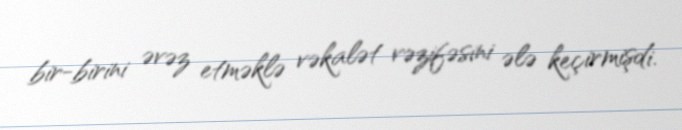
bir-birini əvəz etməklə vəkalət vəzifəsini ələ keçirmişdi.